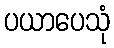
ပယာပေသုံ